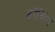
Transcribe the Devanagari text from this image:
हॉचिंग